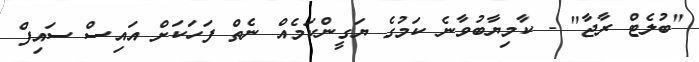
"ބުލެޓް ރާޖާ" - ކާމިޔާބުވާނެ ކަމުގެ ޔަގީންކަމެއް ނެތް ފަހަކަށް އައިސް ސައިފް